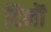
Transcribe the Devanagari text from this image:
दिनॊं